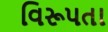
વિરૂપતા